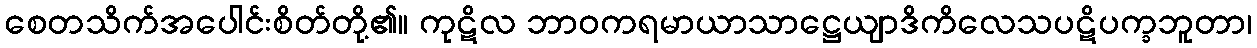
စေတသိက်အပေါင်းစိတ်တို့၏။ ကုဋိလ ဘာဝကရမာယာသာဋ္ဌေယျာဒိကိလေသပဋိပက္ခဘူတာ၊